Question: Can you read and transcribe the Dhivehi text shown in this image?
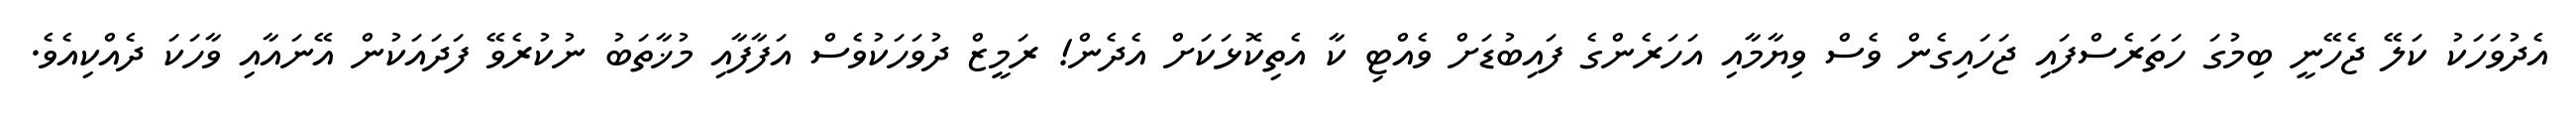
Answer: އެދުވަހަކު ކަލޭ ޖެހޭނީ ބިމުގަ ހަތަރެސްފައި ޖަހައިގެން ވެސް ވިޔާމާއި އަހަރެންގެ ފައިބުޑަށް ވެއްޓި ކާ އެތިކޮޅަކަށް އެދެން! ރަމީޒް ދުވަހަކުވެސް އަފާފާއި މުޚާތަބު ނުކުރެވޭ ފަދައަކުން އޭނައާއި ވާހަކަ ދެއްކިއެވެ.